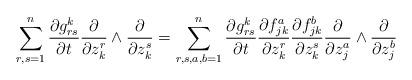
LaTeX: \begin{align*}\sum_{r,s=1}^n \frac{\partial g^k_{rs}}{\partial t}\frac{\partial}{\partial z^{r}_k}\wedge\frac{\partial}{\partial z_k^{s}}=\sum_{r,s,a,b=1}^n \frac{\partial g_{rs}^k}{\partial t}\frac{\partial f_{jk}^a}{\partial z_k^r}\frac{\partial f_{jk}^b}{\partial z_k^s}\frac{\partial}{\partial z_j^a}\wedge \frac{\partial}{\partial z_j^b}\end{align*}